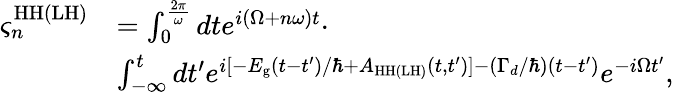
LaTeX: \begin{array}{rl}{\varsigma_{n}^{\mathrm{HH}(\mathrm{LH})}}&{=\int_{0}^{\frac{2\pi}{\omega}}dte^{i(\Omega+n\omega)t}\cdot}\\ &{\int_{-\infty}^{t}dt^{\prime}e^{i[-E_{\mathrm{g}}(t-t^{\prime})/\hbar+A_{\mathrm{HH}(\mathrm{LH})}(t,t^{\prime})]-(\Gamma_{d}/\hbar)(t-t^{\prime})}e^{-i\Omega t^{\prime}},}\end{array}